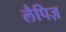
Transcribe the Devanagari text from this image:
लैपिज़